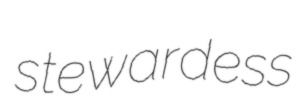
stewardess